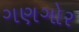
ગણગોર